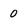
Character: 0